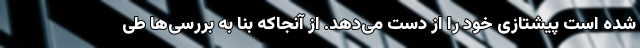
شده است پیشتازی خود را از دست می‌دهد. از آنجاکه بنا به بررسی‌ها طی